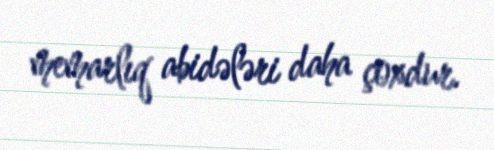
memarlıq abidələri daha çoxdur.